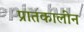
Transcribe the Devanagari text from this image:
प्रातकालीन